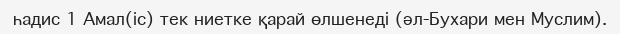
һадис 1 Амал(іс) тек ниетке қарай өлшенеді (әл-Бухари мен Муслим).